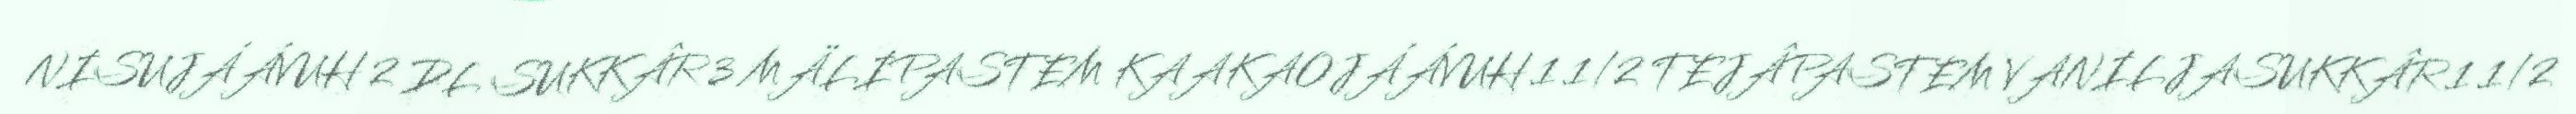
NISUJÁÁVUH 2 DL SUKKÂR 3 MÄLIPASTEM KAAKAOJÁÁVUH 1 1/2 TEJÂPASTEM VANILJASUKKÂR 1 1/2